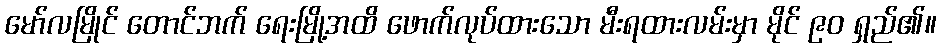
မော်လမြိုင် တောင်ဘက် ရေးမြို့အထိ ဖောက်လုပ်ထားသော မီးရထားလမ်းမှာ မိုင် ၉၀ ရှည်၏။